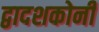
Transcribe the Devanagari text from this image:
द्वादशकोनी